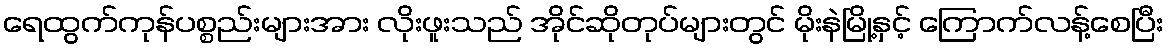
ရေထွက်ကုန်ပစ္စည်းများအား လိုးဖူးသည် အိုင်ဆိုတုပ်များတွင် မိုးနဲမြို့နှင့် ကြောက်လန့်စေပြီး